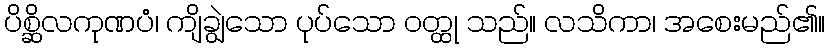
ပိစ္ဆိလကုဏပံ၊ ကျိချွဲသော ပုပ်သော ဝတ္ထု သည်။ လသိကာ၊ အစေးမည်၏။